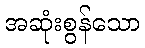
အဆုံးစွန်သော